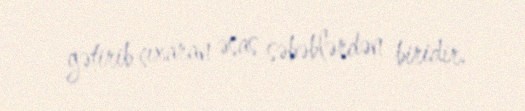
gətirib çıxaran əsas səbəblərdən biridir.